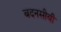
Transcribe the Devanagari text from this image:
बदनसीबी